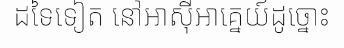
ដទៃទៀត នៅអាស៊ីអាគ្នេយ៍ដូច្នោះ